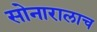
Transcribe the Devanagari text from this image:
सोनारालाच